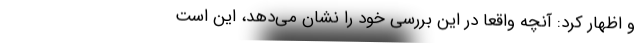
و اظهار کرد: آنچه واقعاً در این بررسی خود را نشان می‌دهد، این است